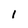
Character: 1